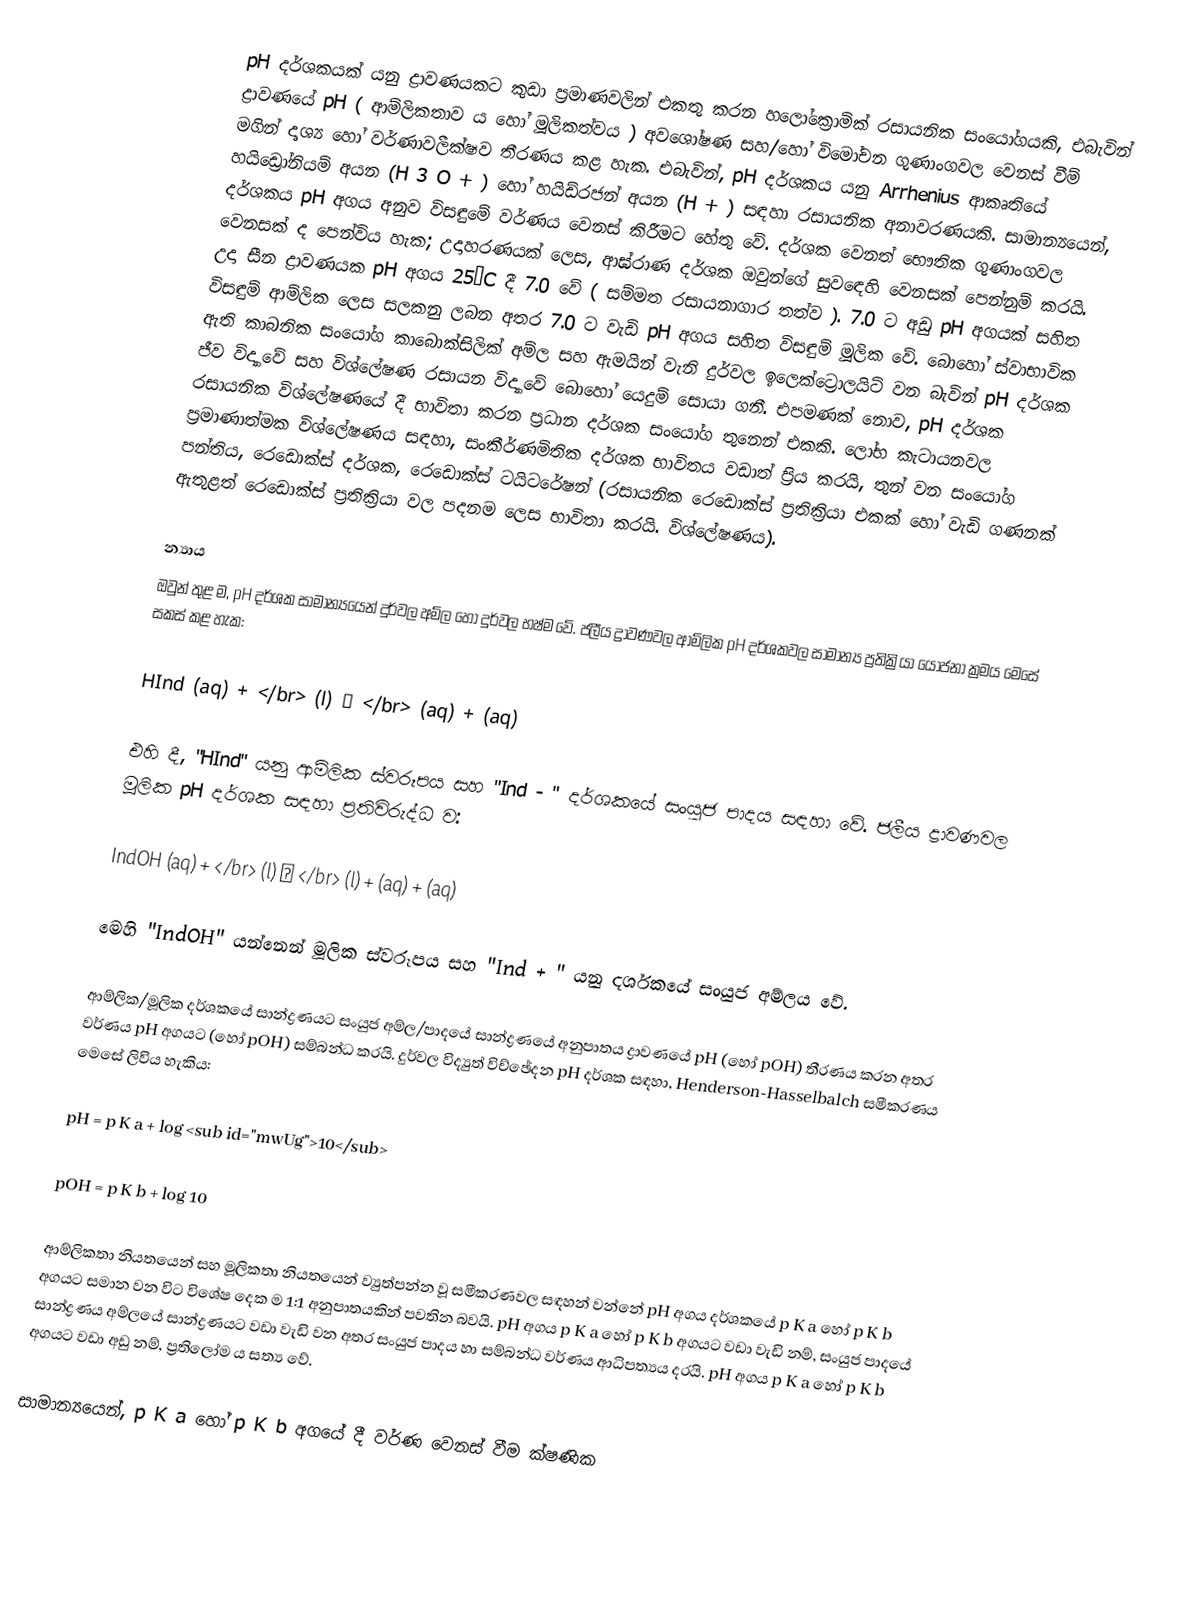
pH දර්ශකයක් යනු ද්‍රාවණයකට කුඩා ප්‍රමාණවලින් එකතු කරන හලෝක්‍රොමික් රසායනික සංයෝගයකි, එබැවින් ද්‍රාවණයේ pH ( ආම්ලිකතාව ය හෝ මූලිකත්වය ) අවශෝෂණ සහ/හෝ විමෝචන ගුණාංගවල වෙනස් වීම් මගින් දෘශ්‍ය හෝ වර්ණාවලීක්ෂව තීරණය කළ හැක. එබැවින්, pH දර්ශකය යනු Arrhenius ආකෘතියේ හයිඩ්‍රෝනියම් අයන (H 3 O + ) හෝ හයිඩ්රජන් අයන (H + ) සඳහා රසායනික අනාවරණයකි. සාමාන්‍යයෙන්, දර්ශකය pH අගය අනුව විසඳුමේ වර්ණය වෙනස් කිරීමට හේතු වේ. දර්ශක වෙනත් භෞතික ගුණාංගවල වෙනසක් ද පෙන්විය හැක; උදාහරණයක් ලෙස, ආඝ්රාණ දර්ශක ඔවුන්ගේ සුවඳෙහි වෙනසක් පෙන්නුම් කරයි. උදා සීන ද්‍රාවණයක pH අගය 25°C දී 7.0 වේ ( සම්මත රසායනාගාර තත්ව ). 7.0 ට අඩු pH අගයක් සහිත විසඳුම් ආම්ලික ලෙස සලකනු ලබන අතර 7.0 ට වැඩි pH අගය සහිත විසඳුම් මූලික වේ. බොහෝ ස්වාභාවික ඇති කාබනික සංයෝග කාබොක්සිලික් අම්ල සහ ඇමයින් වැනි දුර්වල ඉලෙක්ට්‍රොලයිට් වන බැවින් pH දර්ශක ජීව විද්‍යාවේ සහ විශ්ලේෂණ රසායන විද්‍යාවේ බොහෝ යෙදුම් සොයා ගනී. එපමණක් නොව, pH දර්ශක රසායනික විශ්ලේෂණයේ දී භාවිතා කරන ප්‍රධාන දර්ශක සංයෝග තුනෙන් එකකි. ලෝභ කැටායනවල ප්‍රමාණාත්මක විශ්ලේෂණය සඳහා, සංකීර්ණමිතික දර්ශක භාවිතය වඩාත් ප්‍රිය කරයි,   තුන් වන සංයෝග පන්තිය, රෙඩොක්ස් දර්ශක, රෙඩොක්ස් ටයිටරේෂන් (රසායනික රෙඩොක්ස් ප්‍රතික්‍රියා එකක් හෝ වැඩි ගණනක් ඇතුළත් රෙඩොක්ස් ප්‍රතික්‍රියා වල පදනම ලෙස භාවිතා කරයි. විශ්ලේෂණය).

න්‍යාය
ඔවුන් තුළ ම, pH දර්ශක සාමාන්‍යයෙන් දුර්වල අම්ල හෝ දුර්වල භෂ්ම වේ. ජලීය ද්‍රාවණවල ආම්ලික pH දර්ශකවල සාමාන්‍ය ප්‍රතික්‍රියා යෝජනා ක්‍රමය මෙසේ සකස් කළ හැක:

 HInd (aq) + </br>  (l) ⇌ </br>  (aq) +  (aq)

එහි දී, "HInd" යනු ආම්ලික ස්වරූපය සහ "Ind - " දර්ශකයේ සංයුජ පාදය සඳහා වේ. ජලීය ද්‍රාවණවල මූලික pH දර්ශක සඳහා ප්‍රතිවිරුද්ධ ව:

 IndOH (aq) + </br>  (l) ⇌ </br>  (l) +  (aq) +  (aq)

මෙහි "IndOH" යන්නෙන් මූලික ස්වරූපය සහ "Ind + " යනු දර්ශකයේ සංයුජ අම්ලය වේ.

ආම්ලික/මූලික දර්ශකයේ සාන්ද්‍රණයට සංයුජ අම්ල/පාදයේ සාන්ද්‍රණයේ අනුපාතය ද්‍රාවණයේ pH (හෝ pOH) තීරණය කරන අතර වර්ණය pH අගයට (හෝ pOH) සම්බන්ධ කරයි. දුර්වල විද්‍යුත් විච්ඡේදන pH දර්ශක සඳහා, Henderson-Hasselbalch සමීකරණය මෙසේ ලිවිය හැකිය:

 pH = p K a + log <sub id="mwUg">10</sub> 

 pOH = p K b + log 10 

ආම්ලිකතා නියතයෙන් සහ මූලිකතා නියතයෙන් ව්‍යුත්පන්න වූ සමීකරණවල සඳහන් වන්නේ pH අගය දර්ශකයේ p K a හෝ p K b අගයට සමාන වන විට විශේෂ දෙක ම 1:1 අනුපාතයකින් පවතින බවයි. pH අගය p K a හෝ p K b අගයට වඩා වැඩි නම්, සංයුජ පාදයේ සාන්ද්‍රණය අම්ලයේ සාන්ද්‍රණයට වඩා වැඩි වන අතර සංයුජ පාදය හා සම්බන්ධ වර්ණය ආධිපත්‍යය දරයි. pH අගය p K a හෝ p K b අගයට වඩා අඩු නම්, ප්‍රතිලෝම ය සත්‍ය වේ.

සාමාන්‍යයෙන්, p K a හෝ p K b අගයේ දී වර්ණ වෙනස් වීම ක්ෂණික